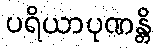
ပရိယာပုဏန္တိ